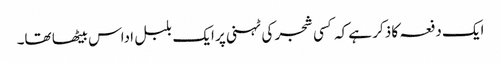
ایک دفعہ کا ذکر ہے کہ کسی شجر کی ٹہنی پر ایک بلبل اداس بیٹھا تھا۔